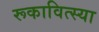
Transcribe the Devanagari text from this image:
रूकावित्स्या